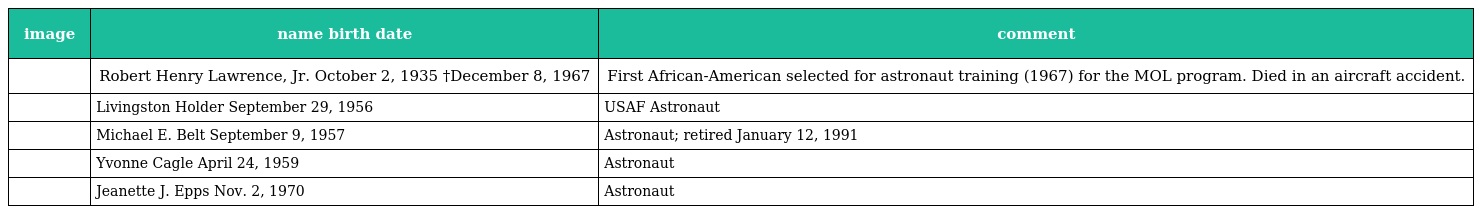
| image | name birth date | comment |
 | --- | --- | --- |
 |  | Robert Henry Lawrence, Jr. October 2, 1935 †December 8, 1967 | First African-American selected for astronaut training (1967) for the MOL program. Died in an aircraft accident. |
 |  | Livingston Holder September 29, 1956 | USAF Astronaut |
 |  | Michael E. Belt September 9, 1957 | Astronaut; retired January 12, 1991 |
 |  | Yvonne Cagle April 24, 1959 | Astronaut |
 |  | Jeanette J. Epps Nov. 2, 1970 | Astronaut |